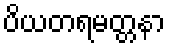
ပိယတရမတ္တနာ